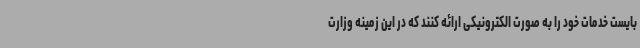
بایست خدمات خود را به صورت الکترونیکی ارائه کنند که در این زمینه وزارت